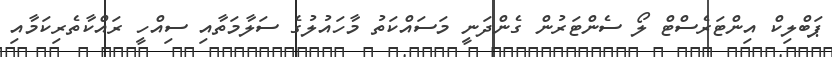
ޕަބްލިކް އިންޓަރެސްޓް ލޯ ސެންޓަރުން ގެންދަނީ މަސައްކަތު މާހައުލުގެ ސަލާމަތާއި ސިއްހީ ރައްކާތެރިކަމާއި